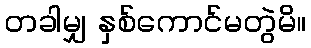
တခါမျှ နှစ်ကောင်မတွဲမိ။